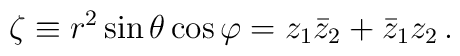
\zeta \equiv r^2 \sin\theta \cos\varphi =z_1\bar z_2+\bar z_1z_2\,.